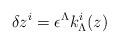
LaTeX: \begin{align*}\delta z^i = \epsilon^\Lambda k^i_{\Lambda} (z)\end{align*}